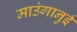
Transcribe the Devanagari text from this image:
माउंगानुई